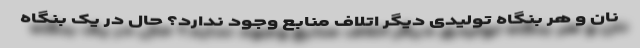
نان و هر بنگاه تولیدی دیگر اتلاف منابع وجود ندارد؟ حال در یک بنگاه